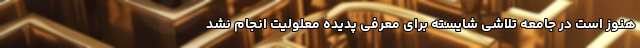
هنوز است در جامعه تلاشی شایسته برای معرفی پدیده معلولیت انجام نشد